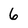
Character: 6